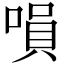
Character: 𠹚